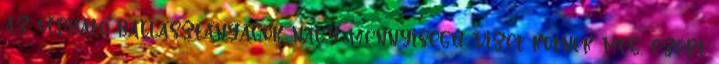
az oldható ballasztanyagok nagy mennyiségű vizet kötnek meg, ezért